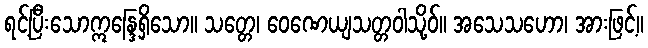
ရင့်ပြီးသောဣန္ဒြေရှိသော။ သတ္တေ၊ ဝေဏေယျသတ္တဝါသို့ဝ်။ အသေသဟော၊ အားဖြင့်။